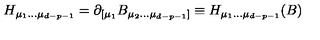
H _ { \mu _ { 1 } \dots \mu _ { d - p - 1 } } = \partial _ { [ \mu _ { 1 } } B _ { \mu _ { 2 } \dots \mu _ { d - p - 1 } ] } \equiv H _ { \mu _ { 1 } \dots \mu _ { d - p - 1 } } ( B )